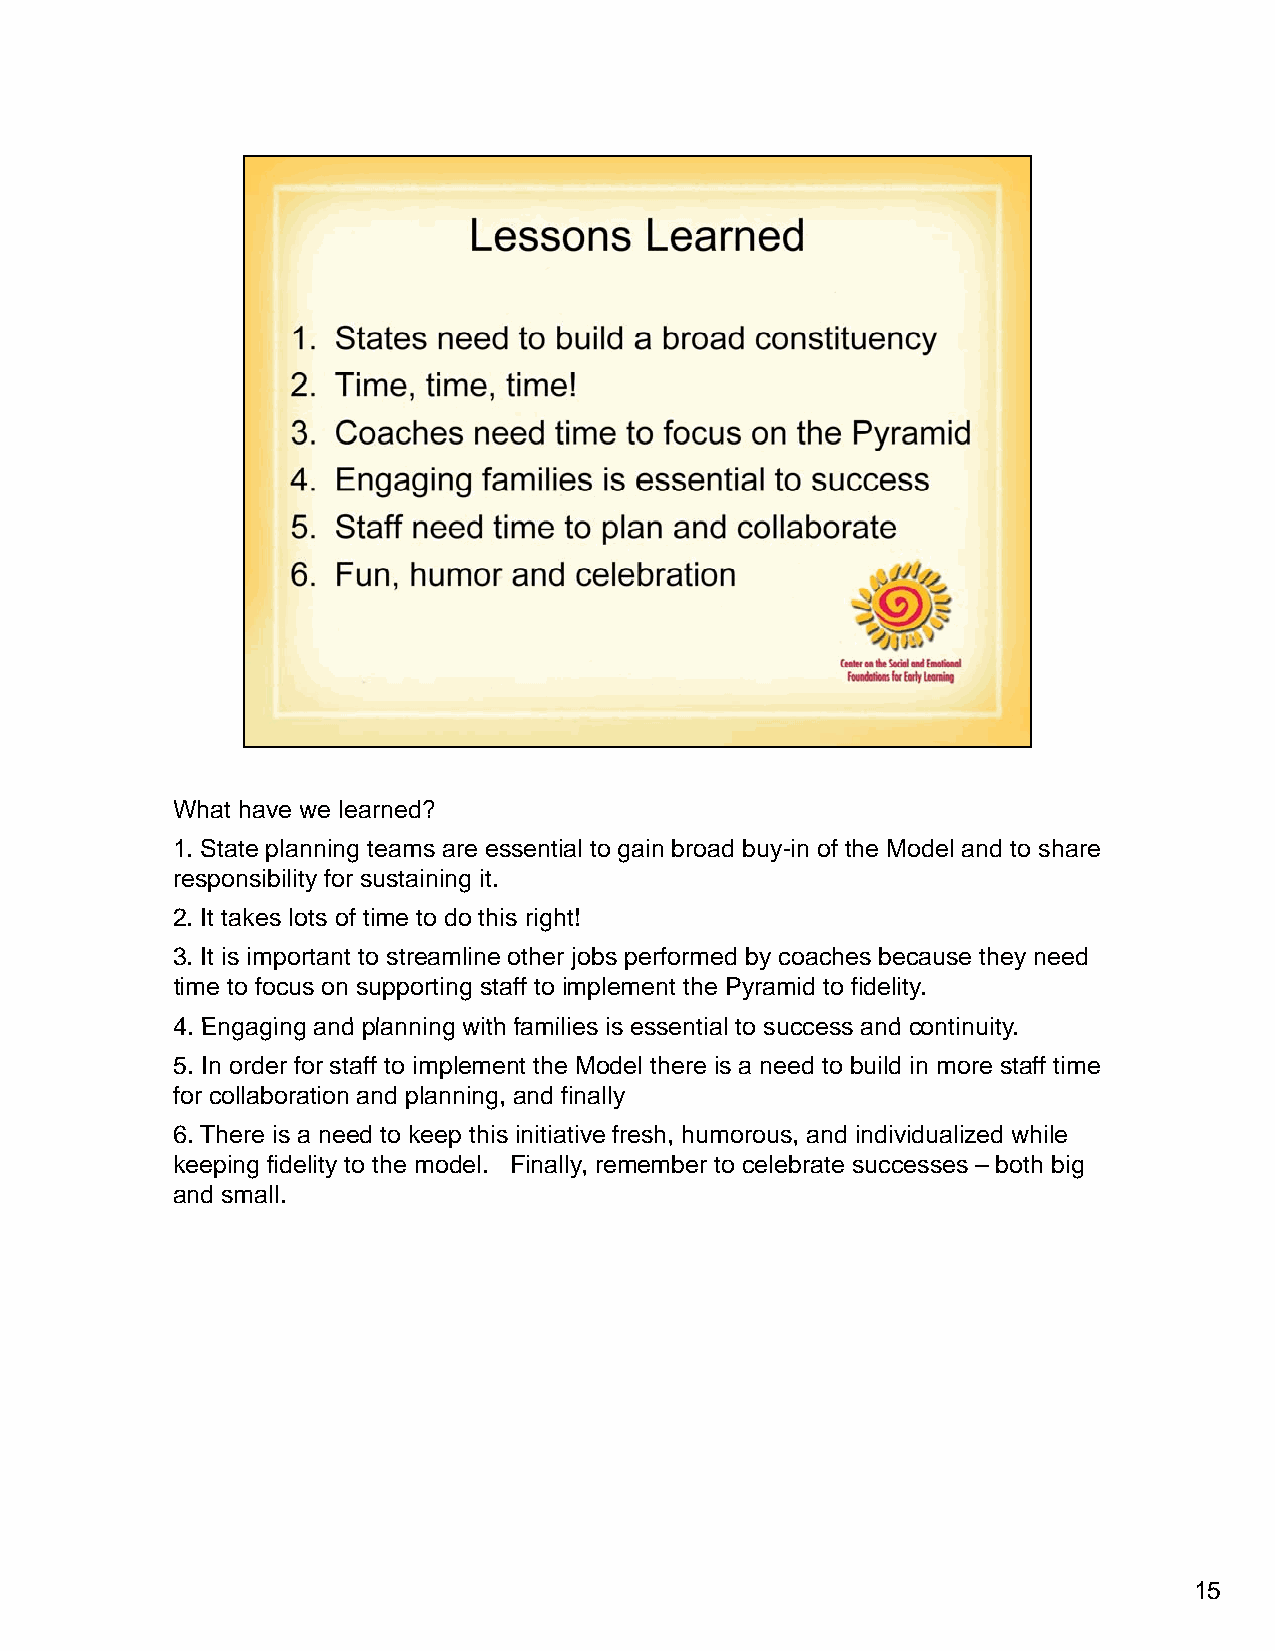
What have we learned?
 1. State planning teams are essential to gain broad buy-in of the Model and to share
 responsibility for sustaining it.
 2. It takes lots of time to do this right!
 3. It is important to streamline other jobs performed by coaches because they need
 time to focus on supporting staff to implement the Pyramid to fidelity.
 44. EEnnggaaggiinngg aanndd ppllaannnniinngg wwiitthh ffaammiilliieess iiss eesssseennttiiaall ttoo ssuucccceessss aanndd ccoonnttiinnuuiittyy.
 5. In order for staff to implement the Model there is a need to build in more staff time
 for collaboration and planning, and finally
 6. There is a need to keep this initiative fresh, humorous, and individualized while
 keeping fidelity to the model. Finally, remember to celebrate successes – both big
 and small.
 15